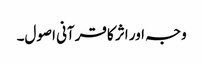
وجہ اور اثر کا قرآنی اصول۔